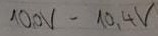
Text: 10,0V-10,4V